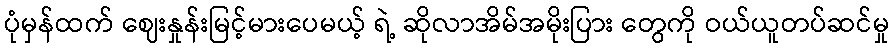
ပုံမှန်ထက် ဈေးနှုန်းမြင့်မားပေမယ့် ရဲ့ ဆိုလာအိမ်အမိုးပြား တွေကို ဝယ်ယူတပ်ဆင်မှု